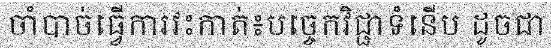
ចាំបាច់ធ្វើការវះកាត់៖បច្ចេកវិជ្ជាទំនើប ដូចជា